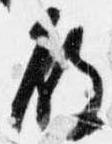
殿